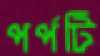
পর্পটি